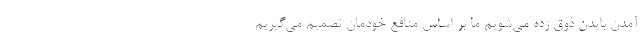
آمدن بایدن ذوق زده می‌شویم ما بر اساس منافع خودمان تصمیم می‌گیریم